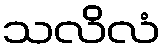
သလိလံ